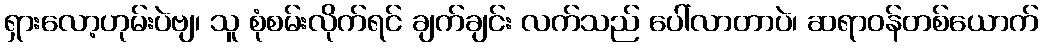
ရှားလော့ဟုမ်းပဲဗျ၊ သူ စုံစမ်းလိုက်ရင် ချက်ချင်း လက်သည် ပေါ်လာတာပဲ၊ ဆရာဝန်တစ်ယောက်